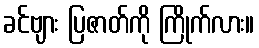
ခင်ဗျား ပြဇာတ်ကို ကြိုက်လား။